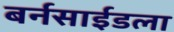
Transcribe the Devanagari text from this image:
बर्नसाईडला